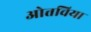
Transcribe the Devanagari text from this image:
ओत्तविया